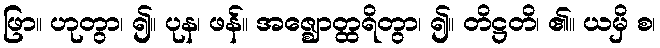
ဖြာ။ ဟုတွာ၊ ၍။ ပုန၊ ဖန်။ အဇ္ဈောတ္ထရိတွာ၊ ၍။ တိဋ္ဌတိ၊ ၏။ ယမှိ စ၊